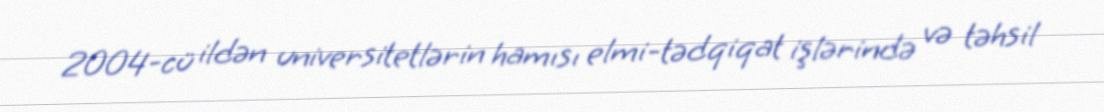
2004-cü ildən universitetlərin hamısı elmi-tədqiqat işlərində və təhsil